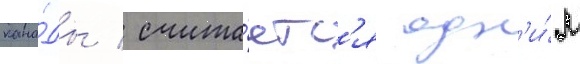
кана́ды / счита́етс'я одн'и́м